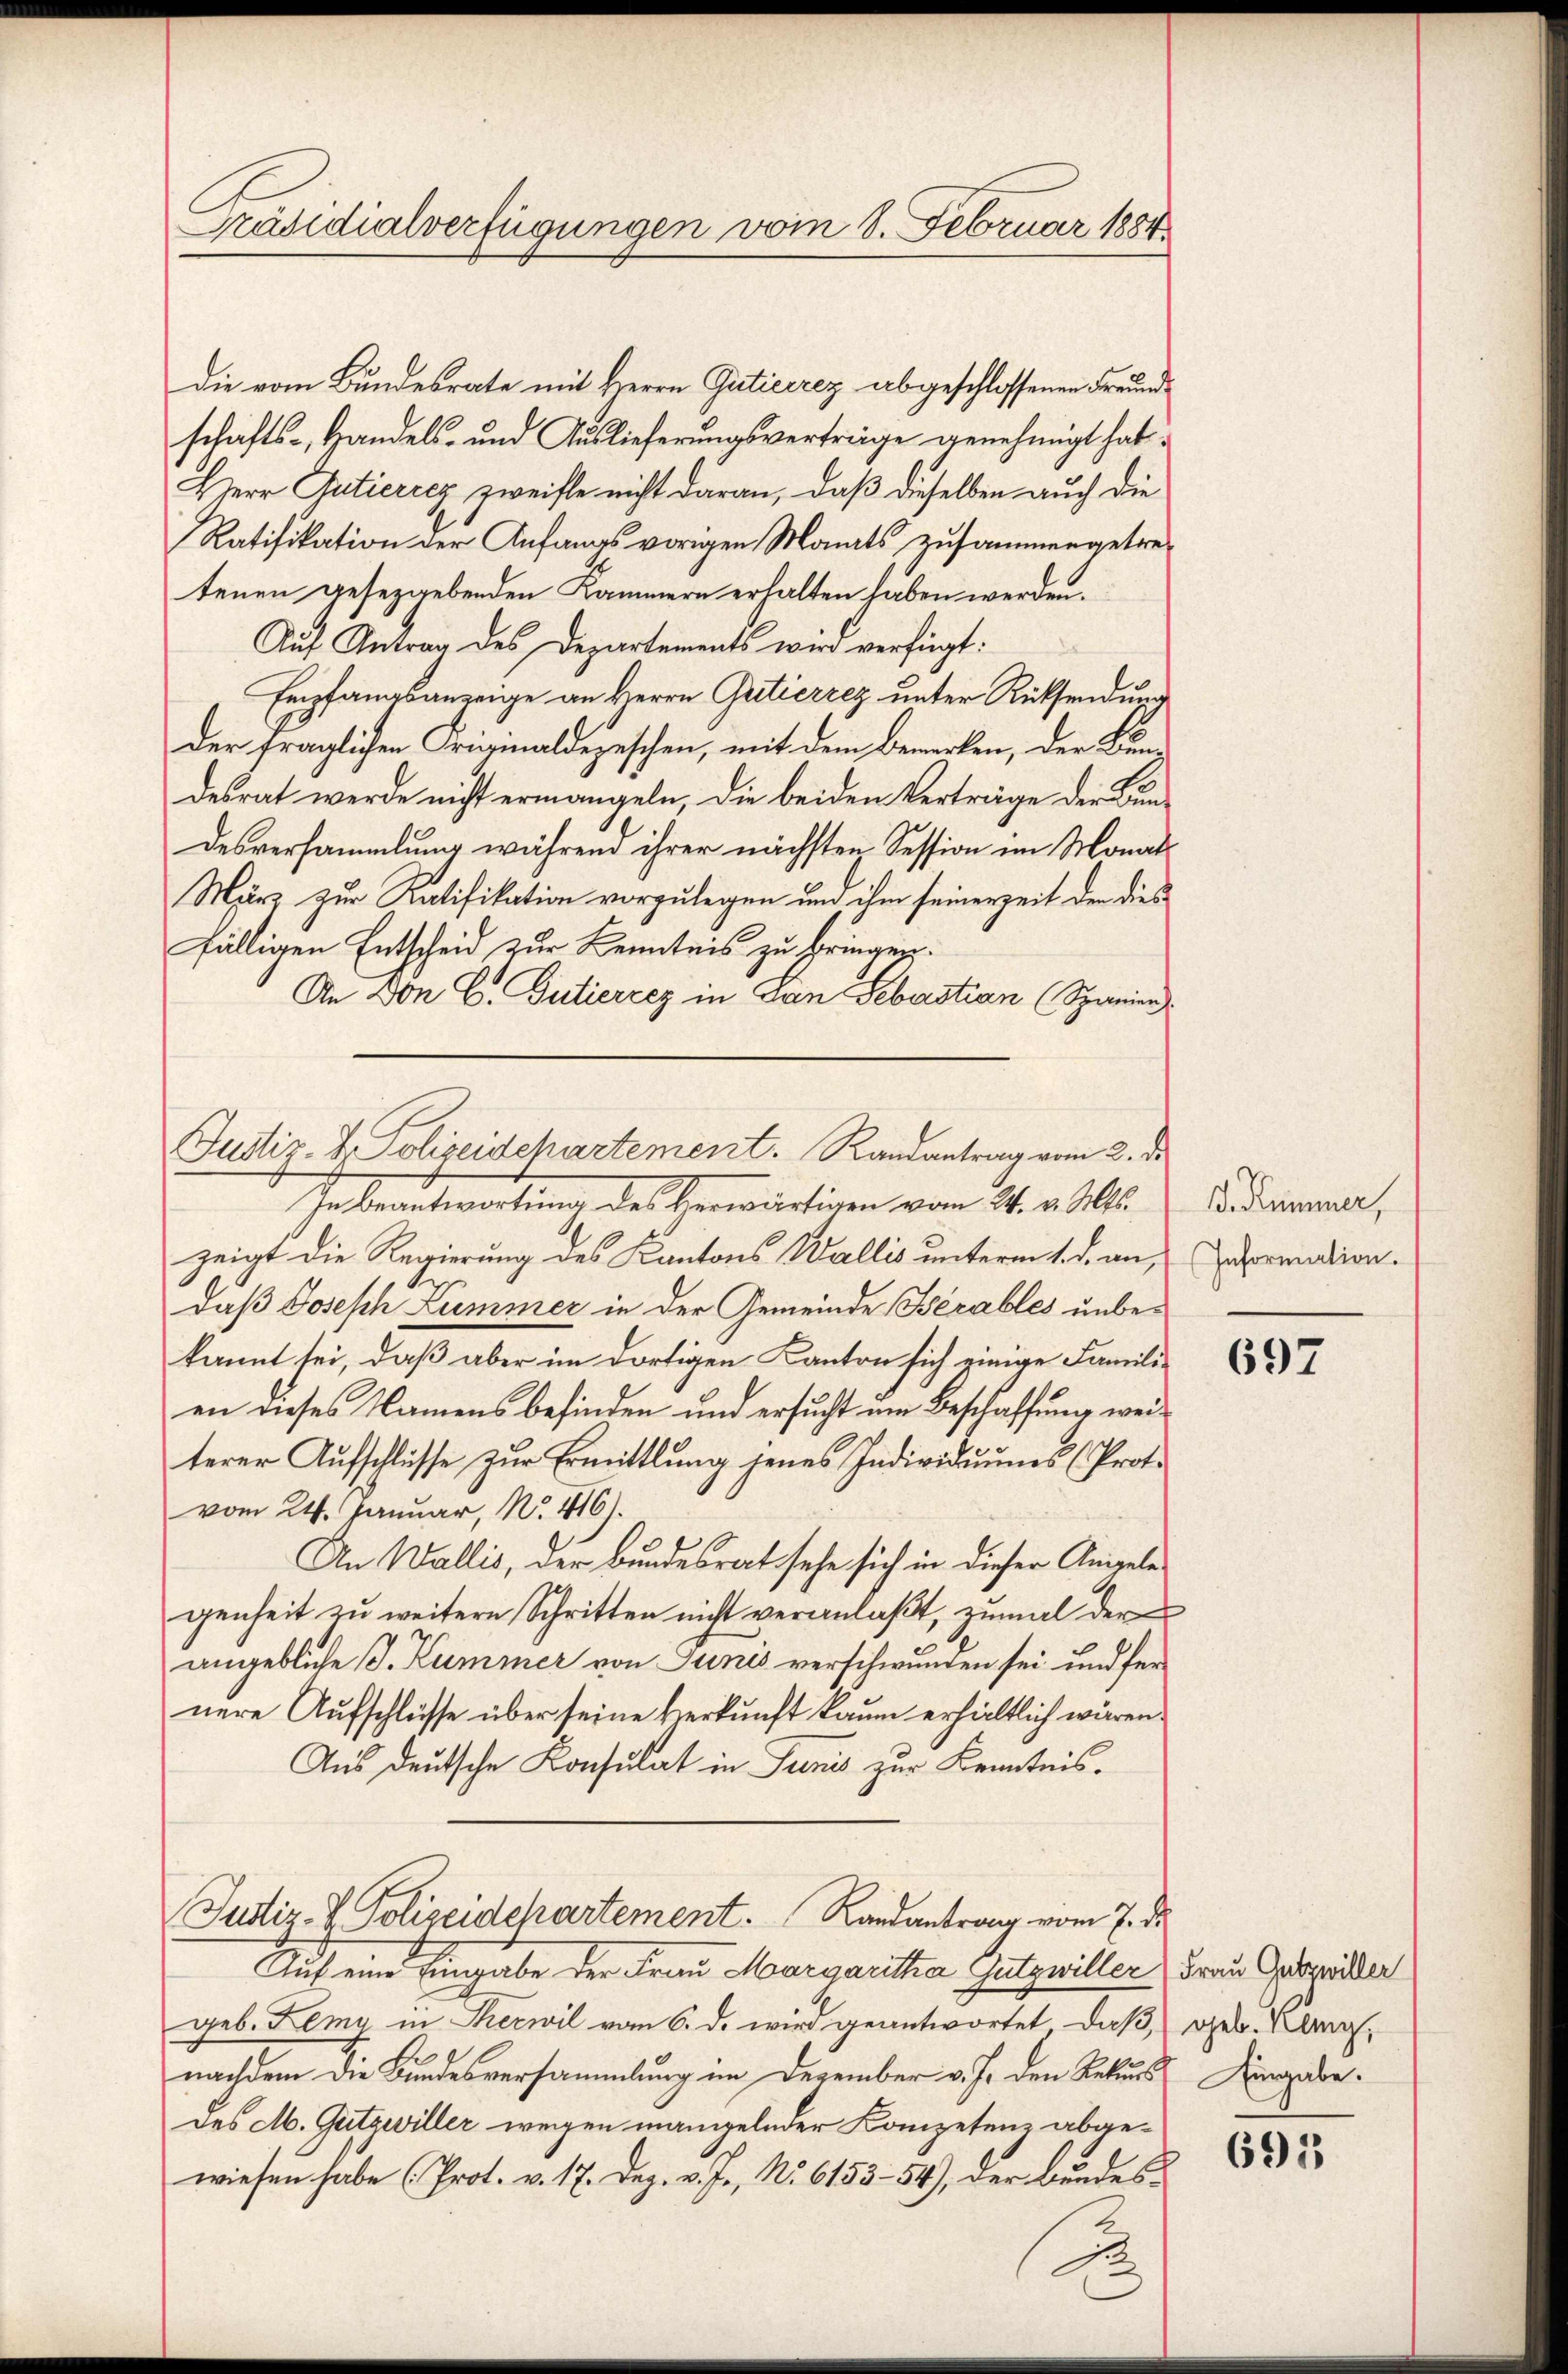
Präsidialverfügungen vom 8. Februar 1884

die vom Bundesrate mit Herrn Guticirez abgeschlossenen Freundschafts-, Handels- und Auslieferungsverträge genehmigt hat.
Herr Gutierrez zweifle nicht daran, daß dieselben auch die
Ratifikation der Anfangs vorigen Monats zusammengetre-
tenen gesezgebenden Kammern erhalten haben werden.
Auf Antrag des Departements wird verfügt:
Empfangsanzeige an Herrn Gritierrez unter Rücksendung
der fraglichen Friginaldepeschen, mit dem Bemerken, der Bundesrat werde nicht ermangeln, die beiden Verträge der Bundesversammlung während ihrer nächsten Session im Monats
März zur Ratifikation vorzulegen und ihm seinerzeit den dies
fälligen Entscheid zur Kenntnis zu bringen.
An Don C. Gutiercez in San Sebastian (Spanier

Judtir. H. Polizeidchartement. Randantrag vom 2. d.

In beantwortung des Gewärtigen vom 24. v. Ms.
zeigt die Regierung des Kantons Wallis unterm 1. d. an, Deprendion.
daß Joseph Lummer in der Gemeinde Bérables unbekannt sei, daß aber im dortigen Kanton sich einige Familien dieses Namens befinden und ersucht um Beschaffung weiterer Aŭfschlüsse zŭr Ermittlung jenes Individuums (Prot.
vom 24. Januar, No. 416).
An Wallis, der Bundesrat sehe sich in dieser Angele
genheit zu weitern Schritten nicht veranlaβt, zumal der
angebliche B. Kummer von Junis verschwunden sei und fer
nere Aufschlüsse über seine Herkunft kaum erhältlich wären.
Aus deutsche Konsulat in Junis zur Kenntnis.
Justiz- & Polizeidchartement. Randantrag vom 7. ds.
Auf eine Eingabe der Frau Margaritha Gutzwiller Frau Gebreiter
geb. Remy in Serwil vom 6. d. wird geantwortet, daß, geb. Kampf,
nachdem die Bundesversammlung im Dezember v. J. den Rekurs Hingabedes M. Gutzwiller wegen mangelnder Kompetenz abgewiesen habe (Prot. v. 17. Dez. v. J., No. 6153-54), der Bundes¬

s

B. Kummer,

697

695